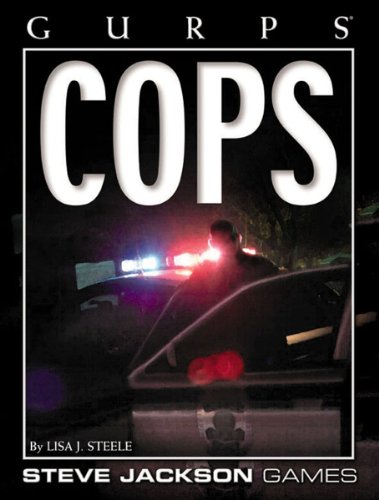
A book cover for GURPS Cops; Lisa Steele; Science Fiction & Fantasy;